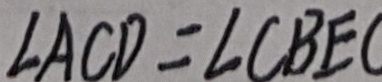
\angle A C D = \angle C B E (